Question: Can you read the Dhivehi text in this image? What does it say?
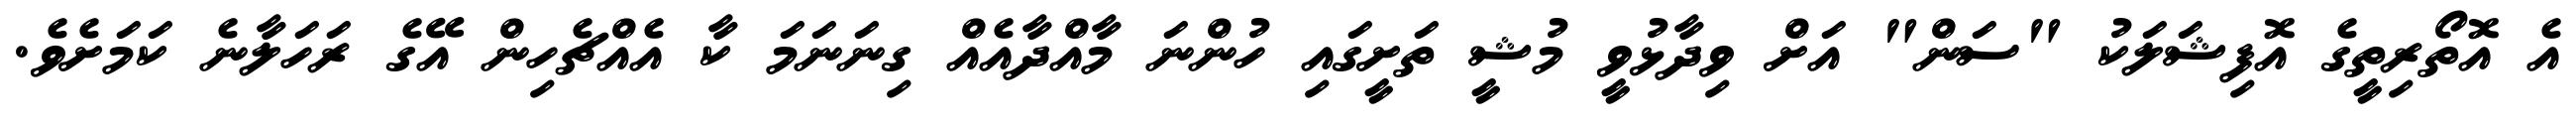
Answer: އެ އޮތޯރިތީގެ އޮފިޝަލަކު "ސަން" އަށް ވިދާޅުވީ މުޝީ ތަށީގައި ހުންނަ މާއްދާއެއް ގިނަނަމަ ކާ އެއްޗެހިން އޭގެ ރަހަލާނެ ކަމަށެވެ.